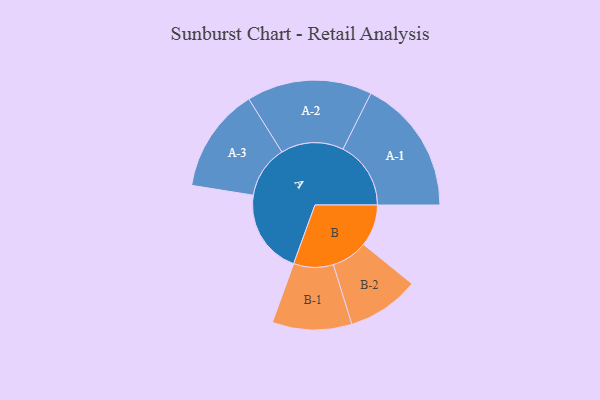
{"axis": {"x": "Segment", "y": "Value"}, "legend": ["", "A", "B"], "data": [{"x": "A", "y": 328, "type": ""}, {"x": "B", "y": 162, "type": ""}, {"x": "A-1", "y": 263, "type": "A"}, {"x": "A-2", "y": 243, "type": "A"}, {"x": "A-3", "y": 203, "type": "A"}, {"x": "B-1", "y": 154, "type": "B"}, {"x": "B-2", "y": 140, "type": "B"}]}